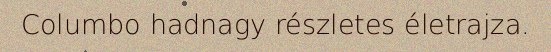
Columbo hadnagy részletes életrajza.